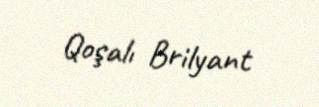
Qoşalı Brilyant